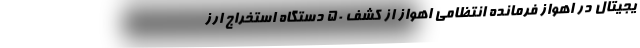
یجیتال در اهواز فرمانده انتظامی اهواز از کشف ۵۰ دستگاه استخراج ارز